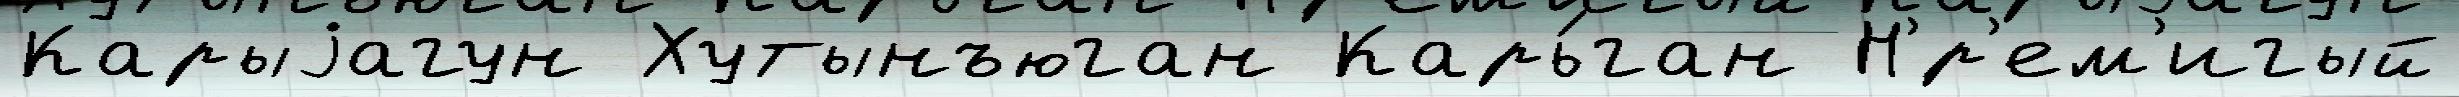
Карыjагун Хутынъюган Карь́ган Н'́р'ем'игый